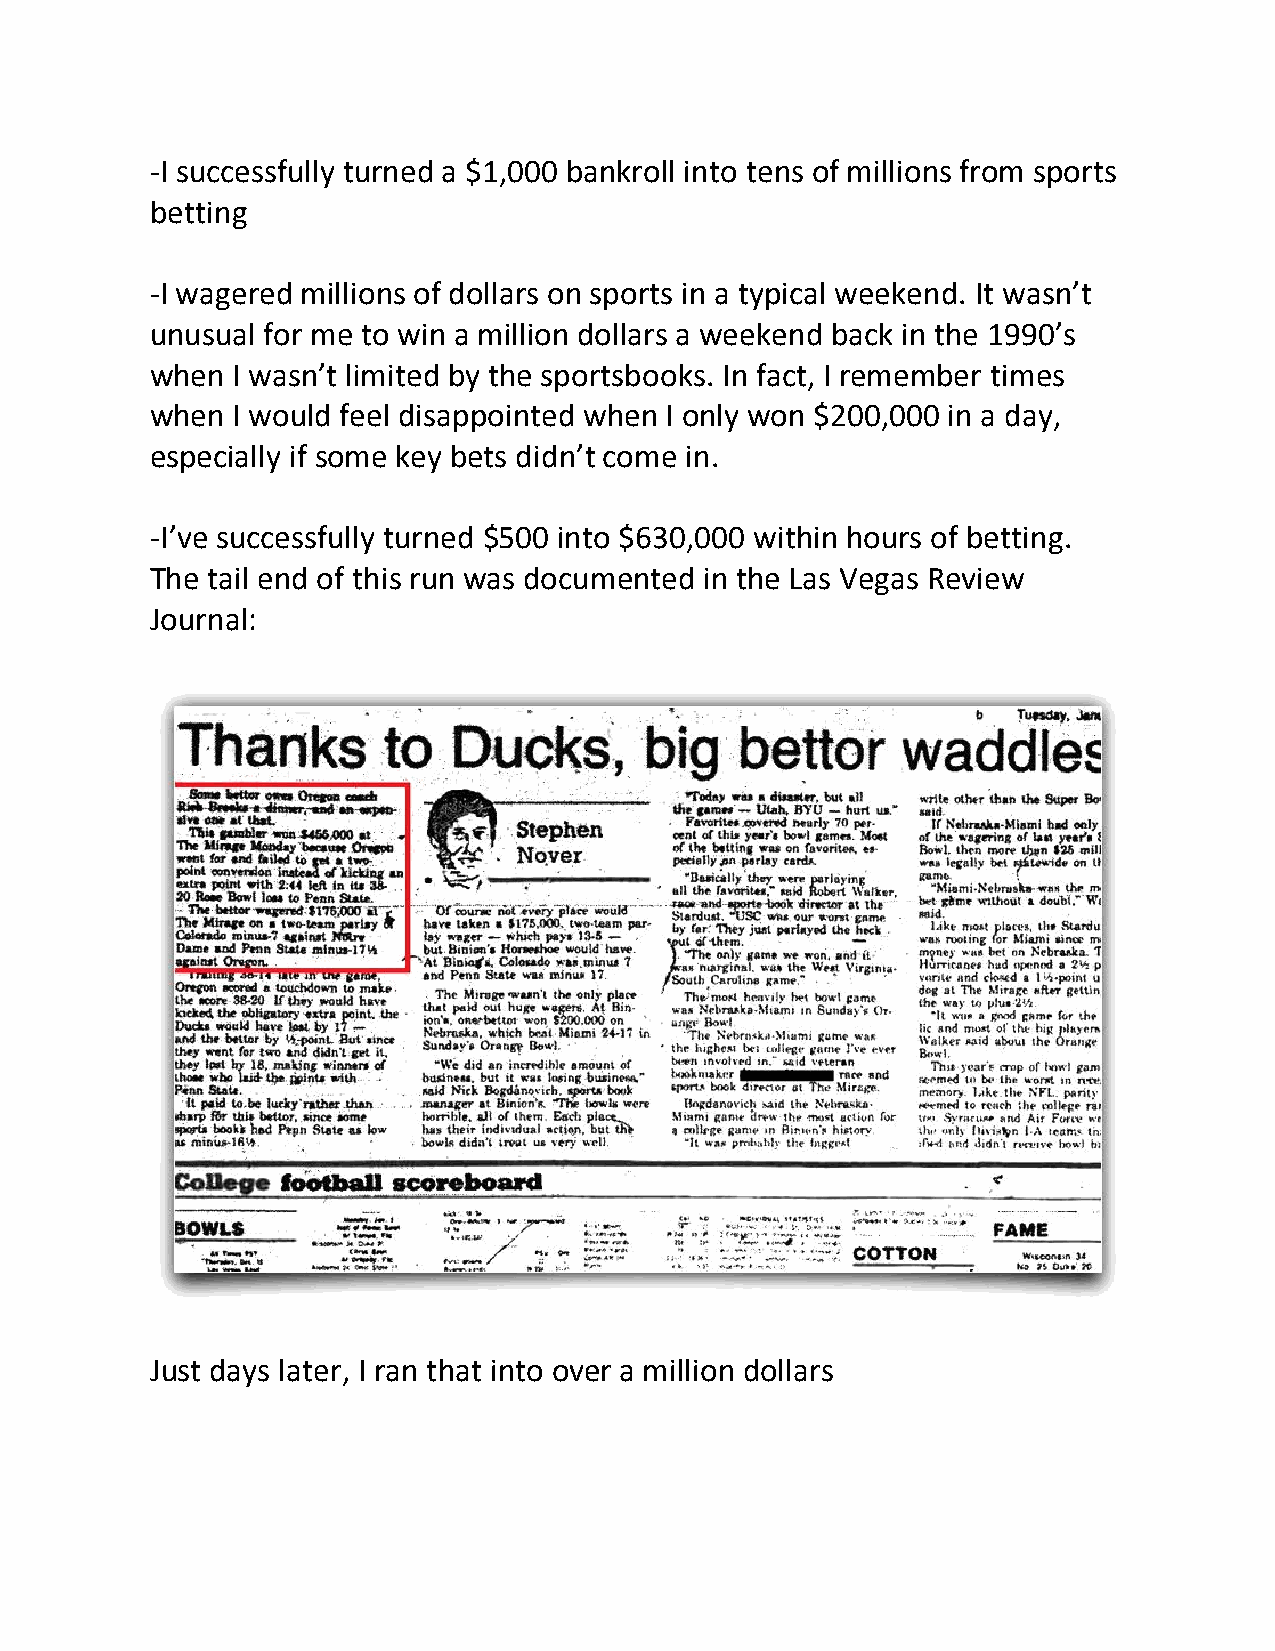
-I successfully turned a $1,000 bankroll into tens of millions from sports
 betting
 -I wagered millions of dollars on sports in a typical weekend. It wasn’t
 unusual for me to win a million dollars a weekend back in the 1990’s
 when I wasn’t limited by the sportsbooks. In fact, I remember times
 when I would feel disappointed when I only won $200,000 in a day,
 especially if some key bets didn’t come in.
 -I’ve successfully turned $500 into $630,000 within hours of betting.
 The tail end of this run was documented in the Las Vegas Review
 Journal:
 Just days later, I ran that into over a million dollars